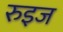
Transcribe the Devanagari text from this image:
रुइज